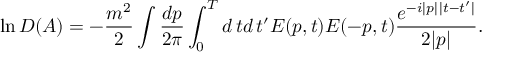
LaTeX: \ln D ( A ) = - \frac { m ^ { 2 } } 2 \int \frac { d p } { 2 \pi } \int _ { 0 } ^ { T } d \, t d \, t ^ { \prime } E ( p , t ) E ( - p , t ) \frac { e ^ { - i | p | \, | t - t ^ { \prime } | } } { 2 | p | } .